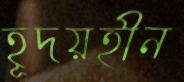
হূদয়হীন